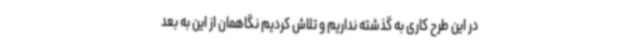
در این طرح کاری به گذشته نداریم و تلاش کردیم نگاهمان از این به بعد